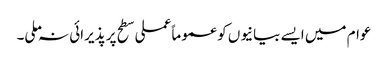
عوام میں ایسے بیانیوں کو عموما ًعملی سطح پر پذیرائی نہ ملی۔